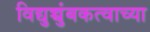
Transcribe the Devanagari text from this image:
विद्युच्चुंबकत्वाच्या